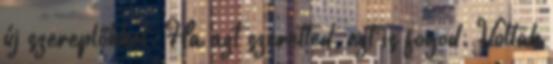
új szereplőkkel. Ha azt szeretted, ezt is fogod. Voltak